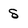
Character: 8